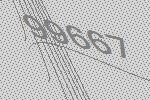
99667